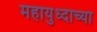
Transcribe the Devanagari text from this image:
महायुध्दाच्या